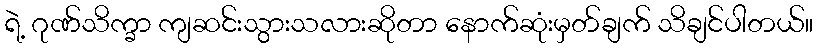
ရဲ့ ဂုဏ်သိက္ခာ ကျဆင်းသွားသလားဆိုတာ နောက်ဆုံးမှတ်ချက် သိချင်ပါတယ်။